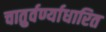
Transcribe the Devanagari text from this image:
चातुर्वर्ण्याधारित